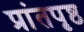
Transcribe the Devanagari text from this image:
प्रांतपृष्ठ